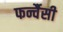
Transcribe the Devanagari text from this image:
फर्न्चैसी